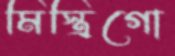
মিস্ত্রিগো